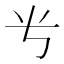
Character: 𬺸